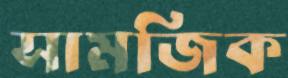
সামজিক